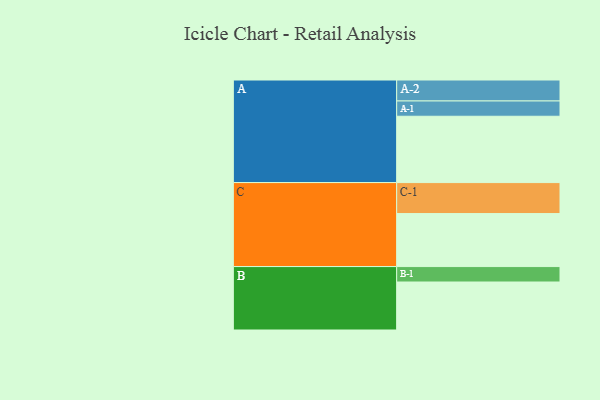
{"axis": {"x": "Segment", "y": "Value"}, "legend": ["", "A", "B", "C"], "data": [{"x": "A", "y": 503, "type": ""}, {"x": "B", "y": 364, "type": ""}, {"x": "C", "y": 402, "type": ""}, {"x": "A-1", "y": 116, "type": "A"}, {"x": "A-2", "y": 159, "type": "A"}, {"x": "B-1", "y": 117, "type": "B"}, {"x": "C-1", "y": 235, "type": "C"}]}